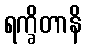
ရက္ခိတာနိ